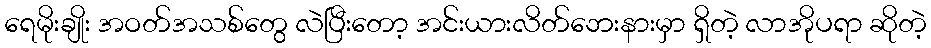
ရေမိုးချိုး အဝတ်အသစ်တွေ လဲပြီးတော့ အင်းယားလိတ်ဘေးနားမှာ ရှိတဲ့ လာအိုပရာ ဆိုတဲ့